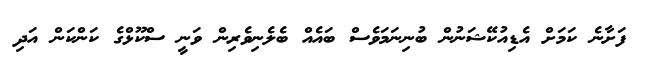
ފަށާނެ ކަަމަށް އެޑިއުކޭޝަނުން ބުނިނަމަވެސް ބައެއް ބެލެނިވެރިން ވަނީ ސްކޫޅްގެ ކަންކަން އަދި